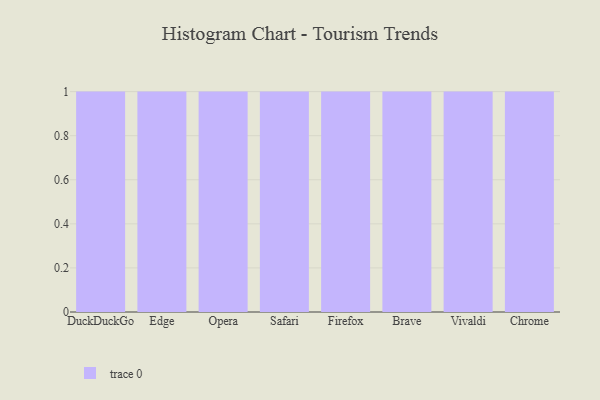
{"axis": {"x": "Browser", "y": "Active Users"}, "legend": [""], "data": [{"x": "DuckDuckGo", "y": 86, "type": ""}, {"x": "Edge", "y": 15, "type": ""}, {"x": "Opera", "y": 72, "type": ""}, {"x": "Safari", "y": 70, "type": ""}, {"x": "Firefox", "y": 9, "type": ""}, {"x": "Brave", "y": 21, "type": ""}, {"x": "Vivaldi", "y": 37, "type": ""}, {"x": "Chrome", "y": 92, "type": ""}]}